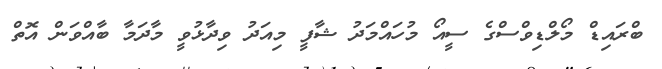
ބްރައިޑް މޯލްޑިވްސްގެ ސީއޯ މުހައްމަދު ޝާފީ މިއަދު ވިދާޅުވީ މާދަމާ ބާއްވަން އޮތް